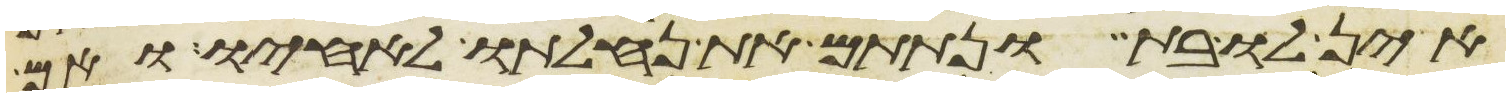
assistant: אין לו בת ונתתם את נחלתו לאחיו ואם